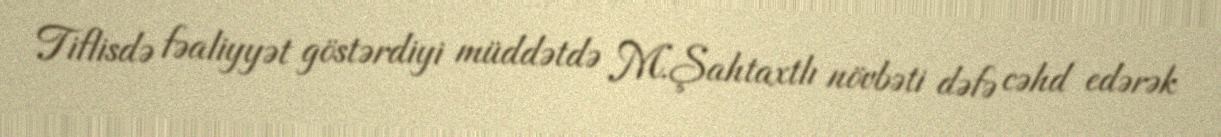
Tiflisdə fəaliyyət göstərdiyi müddətdə M.Şahtaxtlı növbəti dəfə cəhd edərək